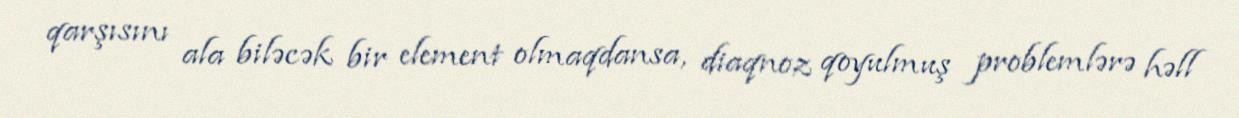
qarşısını ala biləcək bir element olmaqdansa, diaqnoz qoyulmuş problemlərə həll